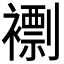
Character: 𧝼